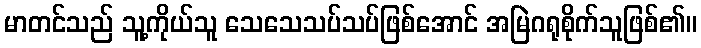
မာတင်သည် သူ့ကိုယ်သူ သေသေသပ်သပ်ဖြစ်အောင် အမြဲဂရုစိုက်သူဖြစ်၏။